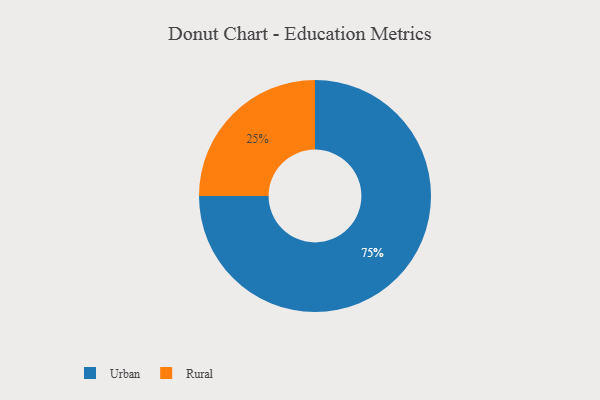
{"axis": {"x": "Category", "y": "Percentage"}, "legend": ["Rural", "Urban"], "data": [{"x": "Rural", "y": 25, "type": "Rural"}, {"x": "Urban", "y": 75, "type": "Urban"}]}